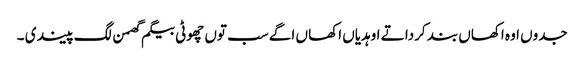
جدوں اوہ اکھاں بند کردا تے اوہدیاں اکھا ں اگے سب توں چھوٹی بیگم گھمن لگ پیندی ۔